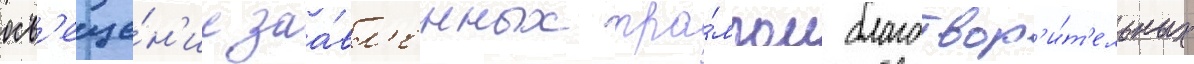
осв'еще́н'ие заа́вл'енных тра́мпом благотвор'и́т'ельных